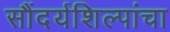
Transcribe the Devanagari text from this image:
सौंदर्यशिल्पांचा